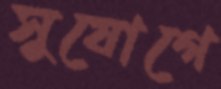
সুযোগে